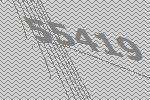
55419